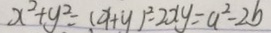
x ^ { 2 } + y ^ { 2 } = ( x + y ) ^ { 2 } - 2 x y = a ^ { 2 } - 2 b